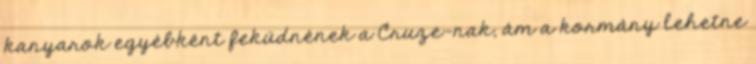
kanyarok egyébként feküdnének a Cruze-nak, ám a kormány lehetne